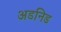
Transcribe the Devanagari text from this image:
अडनिड